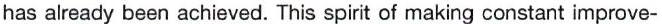
has already been achieved. This spirit of making constant improve-